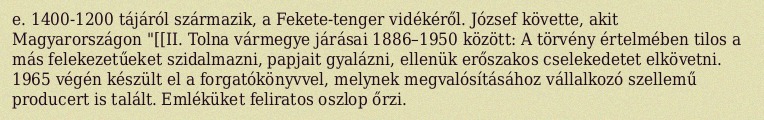
e. 1400-1200 tájáról származik, a Fekete-tenger vidékéről. József követte, akit Magyarországon "[[II. Tolna vármegye járásai 1886–1950 között: A törvény értelmében tilos a más felekezetűeket szidalmazni, papjait gyalázni, ellenük erőszakos cselekedetet elkövetni. 1965 végén készült el a forgatókönyvvel, melynek megvalósításához vállalkozó szellemű producert is talált. Emléküket feliratos oszlop őrzi.